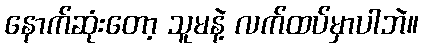
နောက်ဆုံးတော့ သူမနဲ့ လက်ထပ်မှာပါဘဲ။